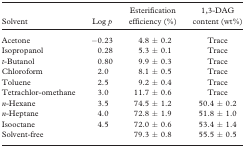
| Solvent | Log p | Esterification efficiency (%) | 1,3-DAG content (wt%) |
 | --- | --- | --- | --- |
 | Acetone | −0.23 | 4.8 ± 0.2 | Trace |
 | Isopropanol | 0.28 | 5.3 ± 0.1 | Trace |
 | t-Butanol | 0.80 | 9.9 ± 0.3 | Trace |
 | Chloroform | 2.0 | 8.1 ± 0.5 | Trace |
 | Toluene | 2.5 | 9.2 ± 0.4 | Trace |
 | Tetrachlor-omethane | 3.0 | 11.7 ± 0.6 | Trace |
 | n-Hexane | 3.5 | 74.5 ± 1.2 | 50.4 ± 0.2 |
 | n-Heptane | 4.0 | 72.8 ± 1.9 | 51.8 ± 1.0 |
 | Isooctane | 4.5 | 72.0 ± 0.6 | 53.4 ± 1.4 |
 | Solvent-free |  | 79.3 ± 0.8 | 55.5 ± 0.5 |